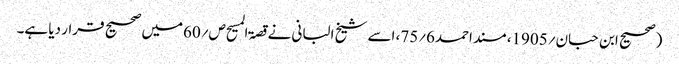
(صحیح ابن حبان؍1905، مسند احمد6؍75، اسے شیخ البانی نے قصۃ المسیح ص؍60میں صحیح قرار دیا ہے۔